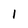
Character: l